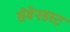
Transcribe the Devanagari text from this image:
सेवेनडस्ट